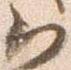
云